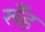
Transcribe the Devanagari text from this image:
रूँह